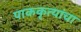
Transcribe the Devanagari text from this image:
पाककृत्यांचा